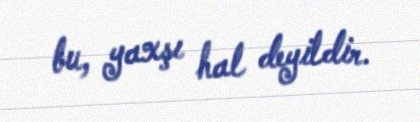
bu, yaxşı hal deyildir.